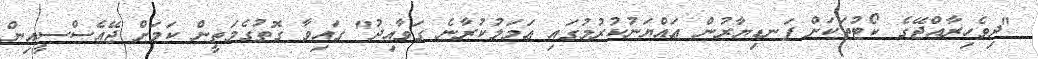
"ދިވެހިރާއްޖޭގެ ކޯޓުތަކަށް ފަނޑިޔާރުން ޢައްޔަނުކުރުމުގައި ޢަމަލުކުރާނެ ގަވާއިދު" ގައިވާ ގޮތުގެމަތީން ކަމަށްް ޖޭއެސްސީއިން